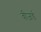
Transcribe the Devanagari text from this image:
वीज़र्ड